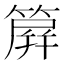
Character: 簈